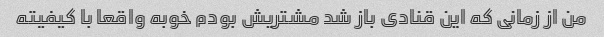
من از زمانی که این قنادی باز شد مشتریش بودم خوبه واقعا با کیفیته